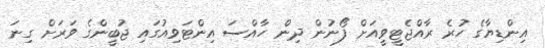
އިންޑިޔާގެ ހުރެ ރާއްޖެޓީވީއަށް ފޯނުން ދިން ހާއްސަ އިންޓަވިއުގައި ޖުބީންގެ ވަރަށް ގިނަ